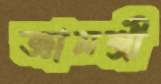
জ্ঞানশ্রী